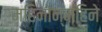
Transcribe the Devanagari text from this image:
महिनोन्‌महिने